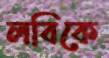
লবিকে